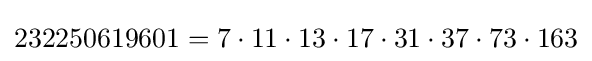
232250619601=7\cdot 11\cdot 13\cdot 17\cdot 31\cdot 37\cdot 73\cdot 163